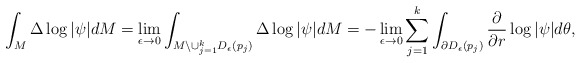
\begin{align*}\int_M\Delta\log|\psi|dM=\lim_{\epsilon\to 0}\int_{M\setminus\cup_{j=1}^k D_\epsilon(p_j)}\Delta\log|\psi|dM=-\lim_{\epsilon\to 0}\sum_{j=1}^k\int_{\partial D_\epsilon(p_j)}\frac{\partial}{\partial r}\log|\psi|d\theta, \end{align*}